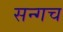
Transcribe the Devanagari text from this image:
सन्गच